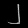
Digit: ၂